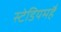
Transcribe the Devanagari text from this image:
स्टेडियमहै